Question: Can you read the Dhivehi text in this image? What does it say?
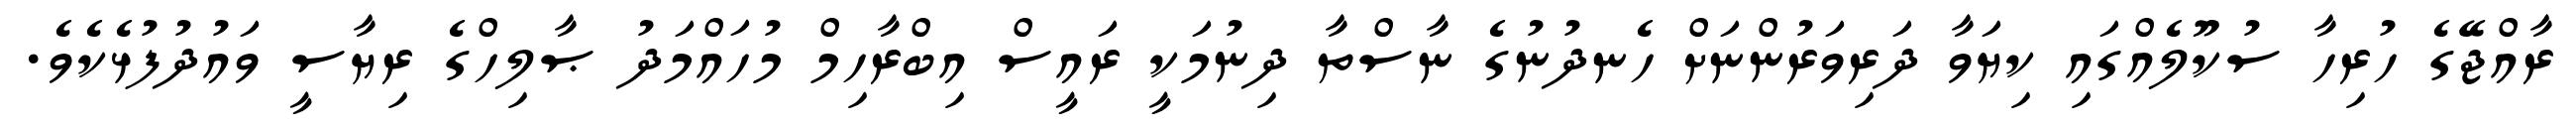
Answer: ރާއްޖޭގެ ހުރިހާ ސުކޫލެއްގައި ކިޔަވާ ދަރިވަރުންނަށް ހެނދުނުގެ ނާސްތާ ދިނުމަކީ ރައީސް އިބްރާހިމް މުހައްމަދު ޞާލިހްގެ ރިޔާސީ ވައުދުފުޅެކެވެ.